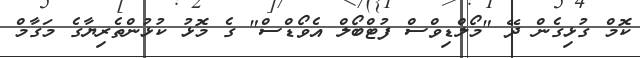
ކޮމް ގުޅިގެން ދޭ "މޯލްޑިވްސް ފުޓްބޯލް އެވޯޑްސް" ގެ މޮޅު ކުޅުންތެރިޔާގެ މަގާމް